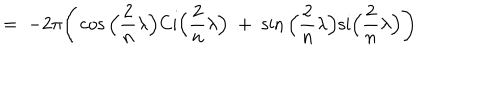
= \; - 2 \pi \Bigg ( \cos \Big ( \frac { 2 } { n } \lambda \Big ) \mathrm { C i } \Big ( \frac { 2 } { n } \lambda \Big ) \; + \; \sin \Big ( \frac { 2 } { n } \lambda \Big ) \mathrm { s i } \Big ( \frac { 2 } { n } \lambda \Big ) \Bigg )